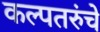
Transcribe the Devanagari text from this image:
कल्पतरुंचे